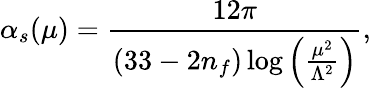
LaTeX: \alpha_{s}(\mu)=\frac{12\pi}{(33-2n_{f})\log\left(\frac{\mu^{2}}{\Lambda^{2}}\right)},